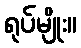
ရုပ်မျိုး။